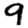
Digit: 9